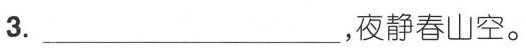
3.___，夜静春山空。